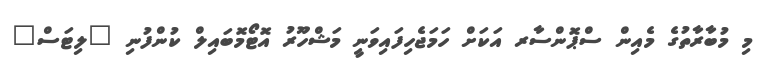
މި މުބާރާތުގެ މެއިން ސްޕޮންސާރ އަކަށް ހަމަޖެހިފައިވަނީ މަޝްހޫރު އޮޓޯމޮބައިލް ކުންފުނި "ލިޓަސް"